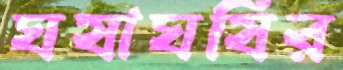
ঘষাঘষির